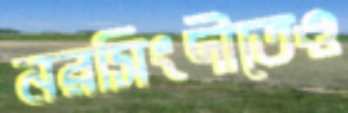
নরসিংদীতেও